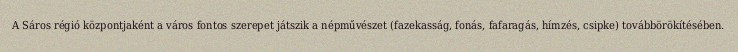
A Sáros régió központjaként a város fontos szerepet játszik a népművészet (fazekasság, fonás, fafaragás, hímzés, csipke) továbbörökítésében.